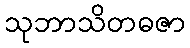
သုဘာသိတဓဇာ